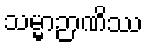
သမ္မာဉာဏိဿ